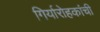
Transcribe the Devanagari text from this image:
गिर्यारोहकांची